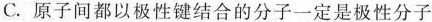
C. 原子间都以极性键结合的分子一定是极性分子